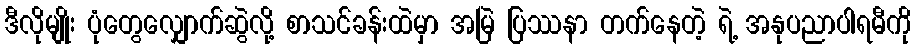
ဒီလိုမျိုး ပုံတွေလျှောက်ဆွဲလို့ စာသင်ခန်းထဲမှာ အမြဲ ပြဿနာ တက်နေတဲ့ ရဲ့ အနုပညာပါရမီကို